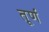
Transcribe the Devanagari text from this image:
तूर्ण